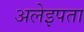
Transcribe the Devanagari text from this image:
अलेइपता